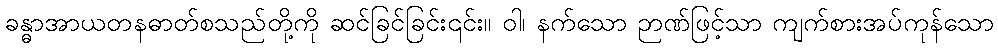
ခန္ဓာအာယတနဓာတ်စသည်တို့ကို ဆင်ခြင်ခြင်း၎င်း။ ဝါ၊ နက်သော ဉာဏ်ဖြင့်သာ ကျက်စားအပ်ကုန်သော